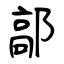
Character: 鄗